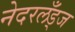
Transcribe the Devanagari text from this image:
नेदरलँड्ज